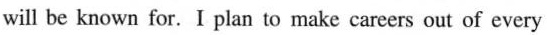
will be known for. I plan to make careers out of every